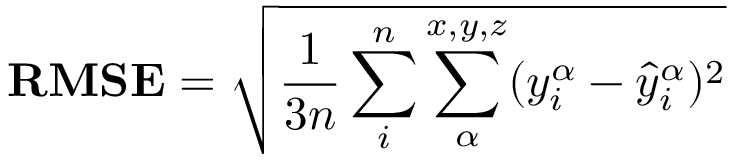
\mathbf { R M S E } = \sqrt { \frac { 1 } { 3 n } \sum _ { i } ^ { n } \sum _ { \alpha } ^ { x , y , z } ( y _ { i } ^ { \alpha } - \hat { y } _ { i } ^ { \alpha } ) ^ { 2 } }